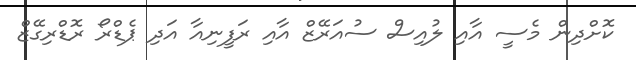
ކޮށްދިން މެސީ އާއި ލުއިސް ސުއަރޭޒް އާއި ރަފީނިއާ އަދި ޕެޑްރޯ ރޮޑްރިގޭޒް